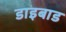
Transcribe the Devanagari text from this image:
डाइबाड